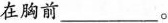
在胸前___。